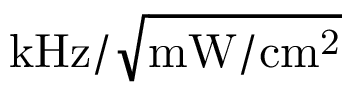
\mathrm { k H z } / \sqrt \mathrm { m W / c m ^ { 2 } }